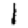
Digit: 1